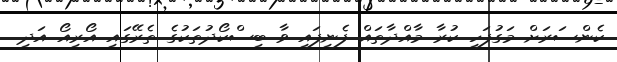
ކެންސަރަށް މަގުފަހި ކުރާ މާއްދާތައް ފެނިފައި ވާ ބިސްކޯދުތަކުގެ ތެރޭގައި އޯރިއޯ އަދި